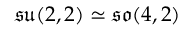
{ \mathfrak { s u } } ( 2 , 2 ) \simeq { \mathfrak { s o } } ( 4 , 2 )